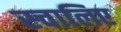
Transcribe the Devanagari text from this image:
स्चालिए